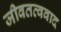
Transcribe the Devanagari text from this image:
जीवतत्ववाद